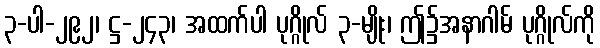
၃-ပါ-၂၉၂၊ ဋ္ဌ-၂၄၃၊ အထက်ပါ ပုဂ္ဂိုလ် ၃-မျိုး၊ ဤ၌အနာဂါမ် ပုဂ္ဂိုလ်ကို